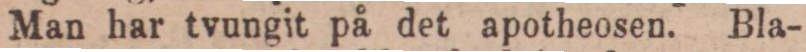
Man har tvungit på det apotheosen. Bla-